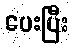
ပေးပြီး